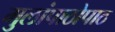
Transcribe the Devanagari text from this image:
मुलांपाठोपाठ